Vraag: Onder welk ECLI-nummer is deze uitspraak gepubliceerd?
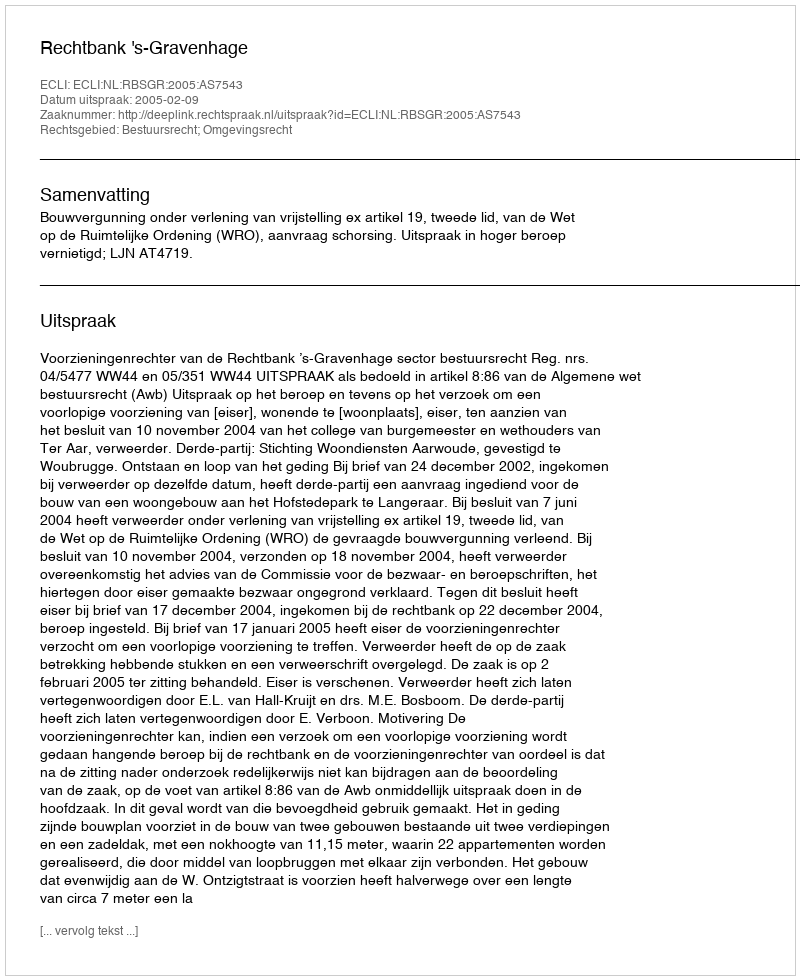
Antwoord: ECLI:NL:RBSGR:2005:AS7543